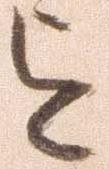
を